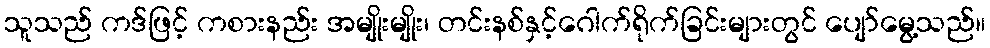
သူသည် ကဒ်ဖြင့် ကစားနည်း အမျိုးမျိုး၊ တင်းနစ်နှင့်ဂေါက်ရိုက်ခြင်းများတွင် ပျော်မွေ့သည်။